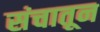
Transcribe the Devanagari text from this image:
संचातून